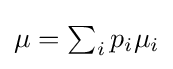
{\textstyle \mu =\sum _{i}p_{i}\mu _{i}}